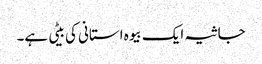
جاثیہ ایک بیوہ استانی کی بیٹی ہے۔